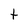
Character: h